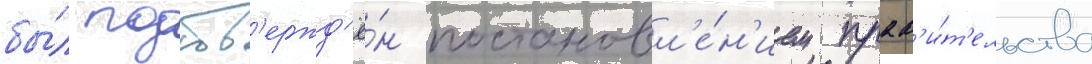
бы́л подтв'ержд'ё́н постановл'е́н'ием прав'и́т'ельства